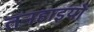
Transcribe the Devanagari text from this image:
तनहाइयों